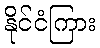
နိုင်ငံကြား